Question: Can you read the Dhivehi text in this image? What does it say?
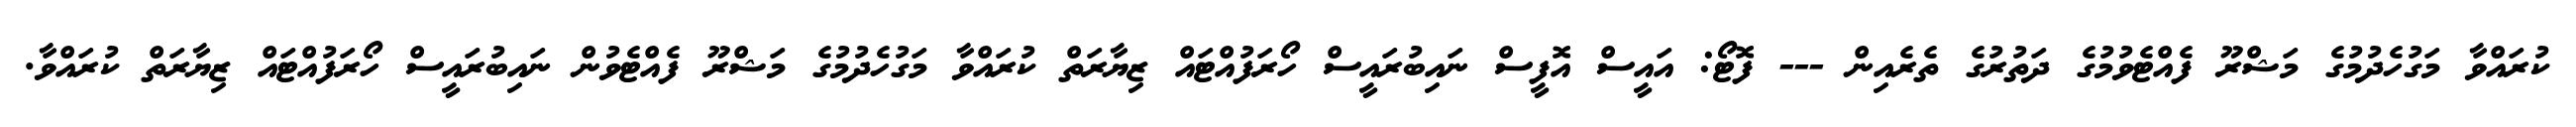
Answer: ކުރައްވާ މަގުހެދުމުގެ މަޝްރޫ ފެއްޓެވުމުގެ ދަތުރުގެ ތެރެއިން --- ފޮޓޯ: އައީސް އޮފީސް ނައިބުރައީސް ހޯރަފުއްޓައް ޒިޔާރަތް ކުރައްވާ މަގުހެދުމުގެ މަޝްރޫ ފެއްޓެވުން ނައިބުރައީސް ހޯރަފުއްޓައް ޒިޔާރަތް ކުރައްވާ.